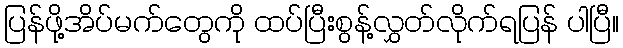
ပြန်ဖို့အိပ်မက်တွေကို ထပ်ပြီးစွန့်လွှတ်လိုက်ရပြန် ပါပြီ။